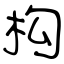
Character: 构